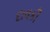
દાવકી